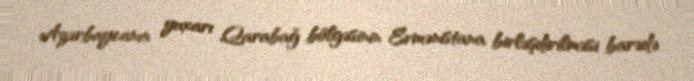
Azərbaycanın yuxarı Qarabağ bölgəsinin Ermənistana birləşdirilməsi barədə